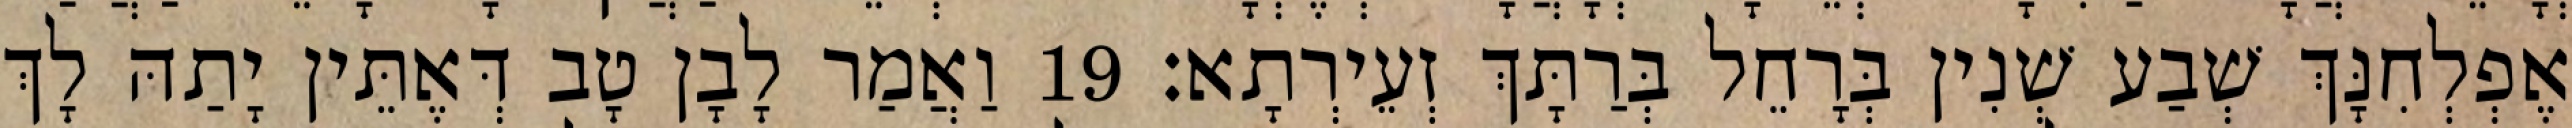
אֶפְלְחִנָּךְ שְׁבַע שְׁנִין בְּרָחֵל בְּרַתָּךְ זְעֵירְתָא׃ 19 וַאֲמַר לָבָן טָב דְּאֶתֵּין יָתַהּ לָךְ